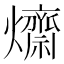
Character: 𤒱